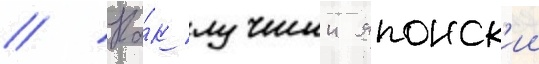
// Ка́к лучшии японск'ии